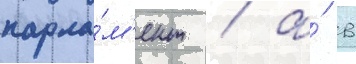
парла́м'ент / а́ в